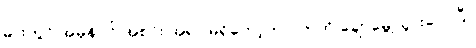
ဓားတွင် အမှန်ပင် အစင်း အရာ မရှိတော့ဘဲ ပကတိ ချောမွေ့သွားလေပြီ။